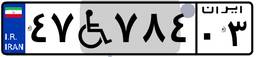
۳۹W۹۸۹۶۵